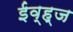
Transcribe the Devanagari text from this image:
ईव्ह्‌ज